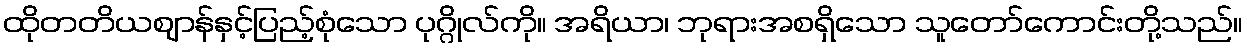
ထိုတတိယဈာန်နှင့်ပြည့်စုံသော ပုဂ္ဂိုလ်ကို။ အရိယာ၊ ဘုရားအစရှိသော သူတော်ကောင်းတို့သည်။